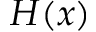
H ( x )